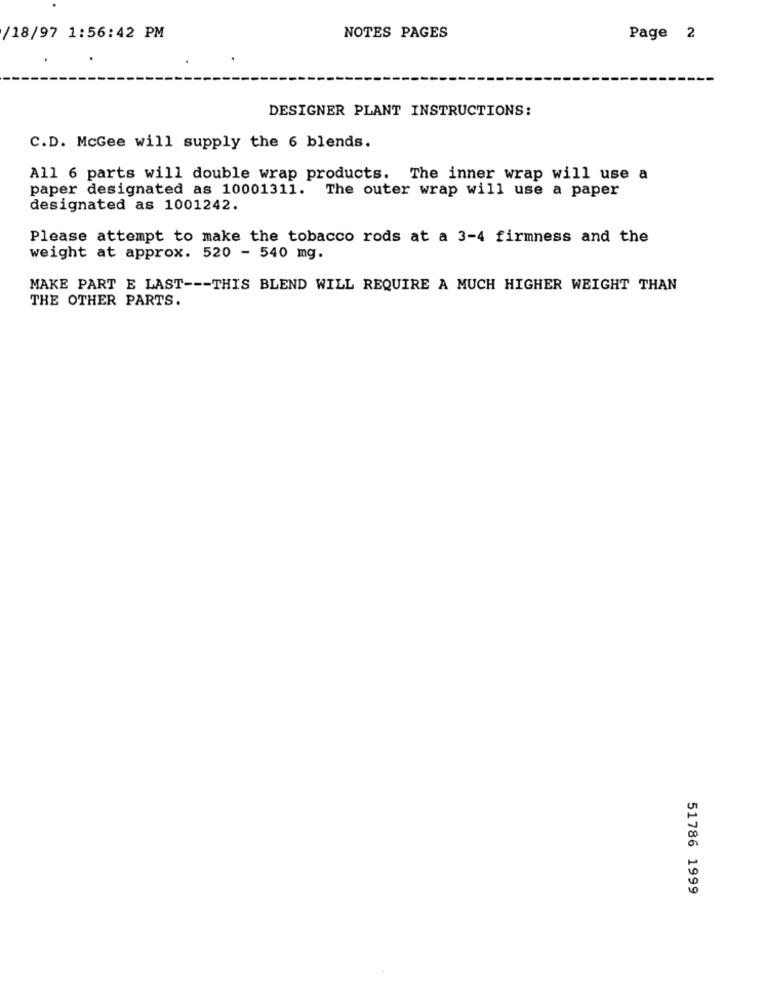
NOTES PAGES
/18/97 1:56:42 PM
Page 2
DESIGNER PLANT INSTRUCTIONS:
C.D. McGee will supply the 6 blends.
All 6 parts will double wrap products. The inner wrap will use a
paper designated as 10001311. The outer wrap will use a paper
designated as 1001242.
Please attempt to make the tobacco rods at a 3-4 firmness and the
weight at approx. 520 - 540 mg.
MAKE PART E LAST --- THIS BLEND WILL REQUIRE A MUCH HIGHER WEIGHT THAN
THE OTHER PARTS.
51786 1999